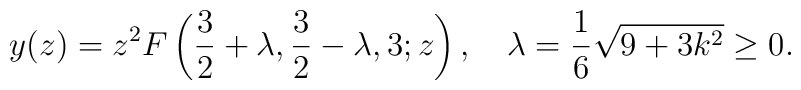
y(z)=z^2 F\left(\frac{3}{2}+\lambda,\frac{3}{2}-\lambda,3;z\right),\quad \lambda=\frac{1}{6}\sqrt{9+3k^2}\ge 0.